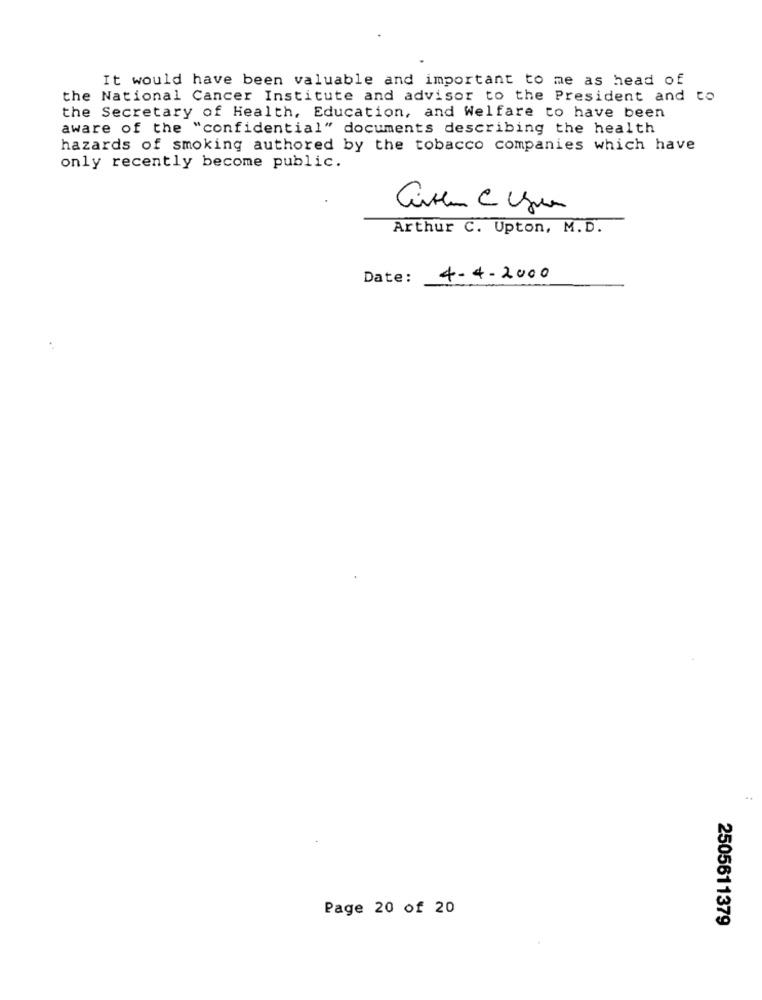
It would have been valuable and important to me as head of
the National Cancer Institute and advisor to the President and to
the Secretary of Health, Education, and Welfare to have been
aware of the "confidential" documents describing the health
hazards of smoking authored by the tobacco companies which have
only recently become public.
Arthur C. Upton, M.D.
Date:
4-4-2000
..
Page 20 of 20
2505611379